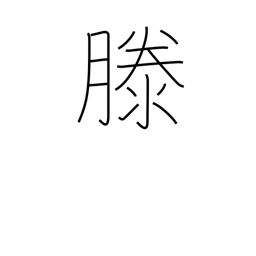
Meaning: rising water